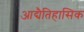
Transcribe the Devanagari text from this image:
आद्यैतिहासिक